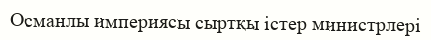
Османлы империясы сыртқы істер министрлері